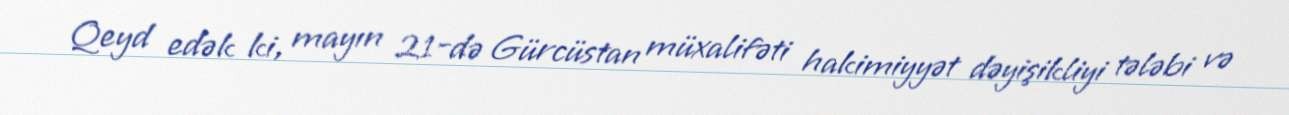
Qeyd edək ki, mayın 21-də Gürcüstan müxalifəti hakimiyyət dəyişikliyi tələbi və